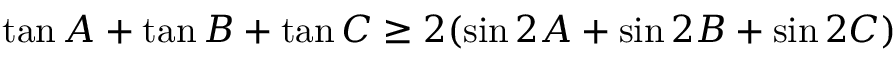
\tan A + \tan B + \tan C \geq 2 ( \sin 2 A + \sin 2 B + \sin 2 C )